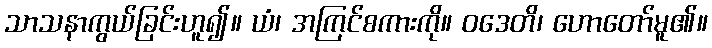
သာသနာကွယ်ခြင်းဟူ၍။ ယံ၊ အကြင်စကားကို။ ဝဒေတိ၊ ဟောတော်မူ၏။